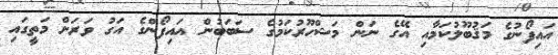
އައިފޯނުގެ މަޤުބޫލުކަމާއި އޭގެ ނަން މަޝްހޫރުކަމުގެ ސަބަބުން އައިފޯންގެ އަގު ވަރަށް މަތީގައި